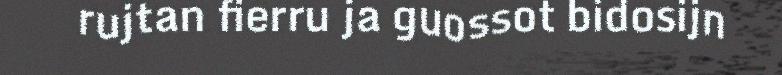
rujtan fierru ja guossot bidosijn